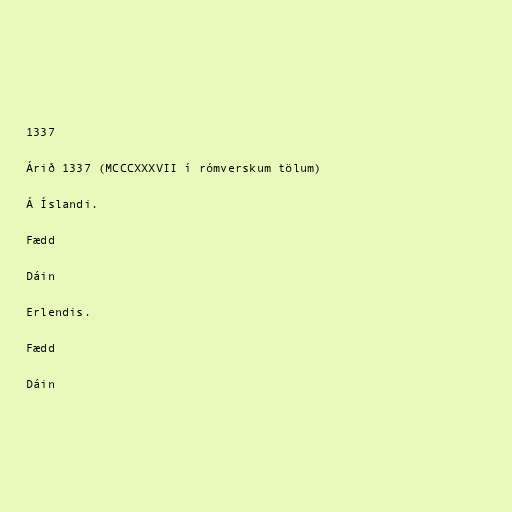
1337

Árið 1337 (MCCCXXXVII í rómverskum tölum)

Á Íslandi.

Fædd

Dáin

Erlendis.

Fædd

Dáin